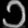
Digit: ၁